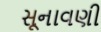
સૂનાવણી